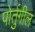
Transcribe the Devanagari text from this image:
पोर्तुगील